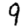
Digit: 9